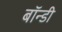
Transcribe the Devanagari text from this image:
बॉन्डी